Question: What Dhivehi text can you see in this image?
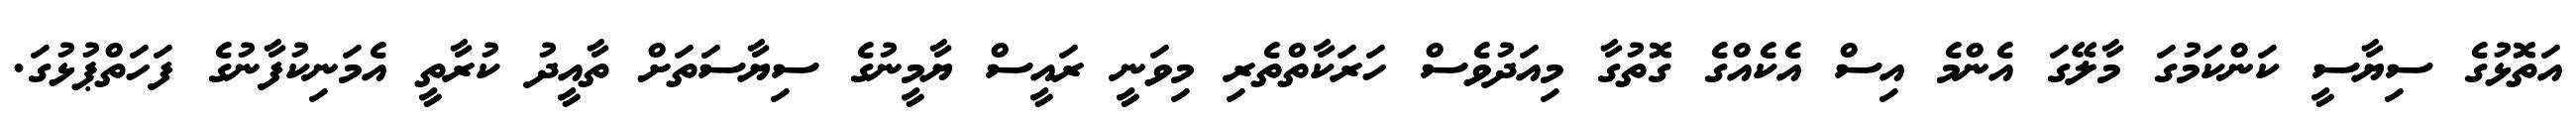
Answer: އަތޮޅުގެ ސިޔާސީ ކަންކަމުގަ މާލޭގަ އެންމެ އިސް އެކެއްގެ ގޮތުގާ މިއަދުވެސް ހަރަކާތްތެރި މިވަނީ ރައީސް ޔާމީނުގެ ސިޔާސަތަށް ތާއީދު ކުރާތީ އެމަނިކުފާނުގެ ފަހަތްޕުޅުގަ.